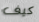
كيف